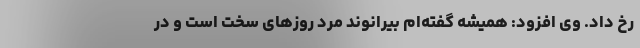
رخ داد. وی افزود: همیشه گفته‌ام بیرانوند مرد روزهای سخت است و در